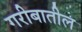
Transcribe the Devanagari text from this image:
गरीबातील